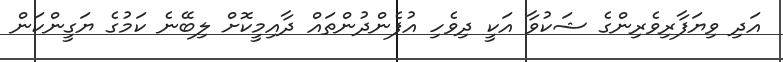
އަދި ވިޔަފާރިވެރިންގެ ޝަކުވާ އަކީ ދިވެހި އުފެންދުންތައް ދާއިމީކޮށް ލިބޭނެ ކަމުގެ ޔަގީންކަން